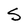
Character: S